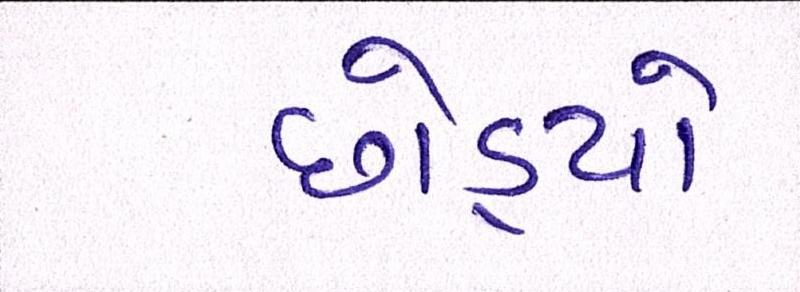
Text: છોડ્યો